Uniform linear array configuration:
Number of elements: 12
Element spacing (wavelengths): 1
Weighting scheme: blackman
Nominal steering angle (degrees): -30
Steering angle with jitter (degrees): -30.222
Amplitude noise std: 0.05
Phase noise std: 0.05

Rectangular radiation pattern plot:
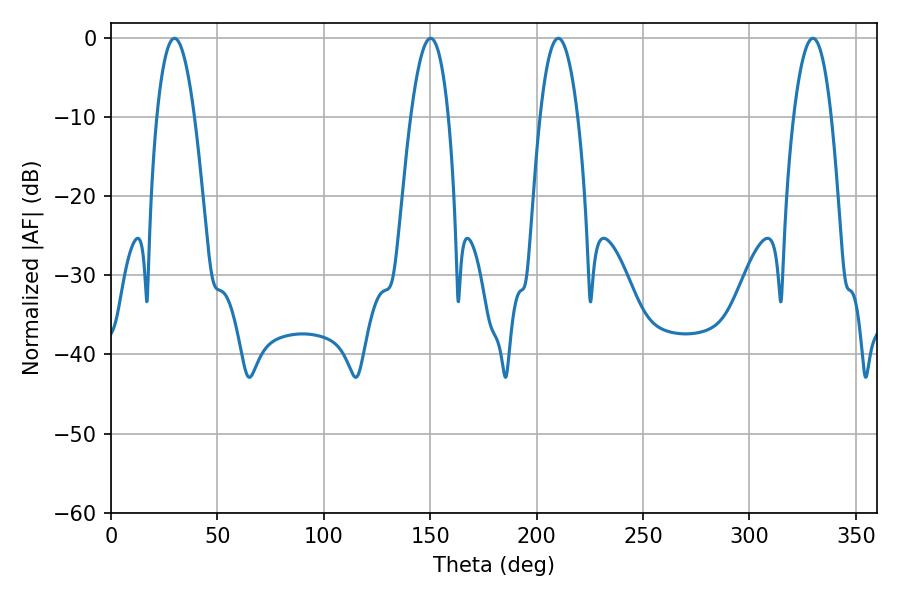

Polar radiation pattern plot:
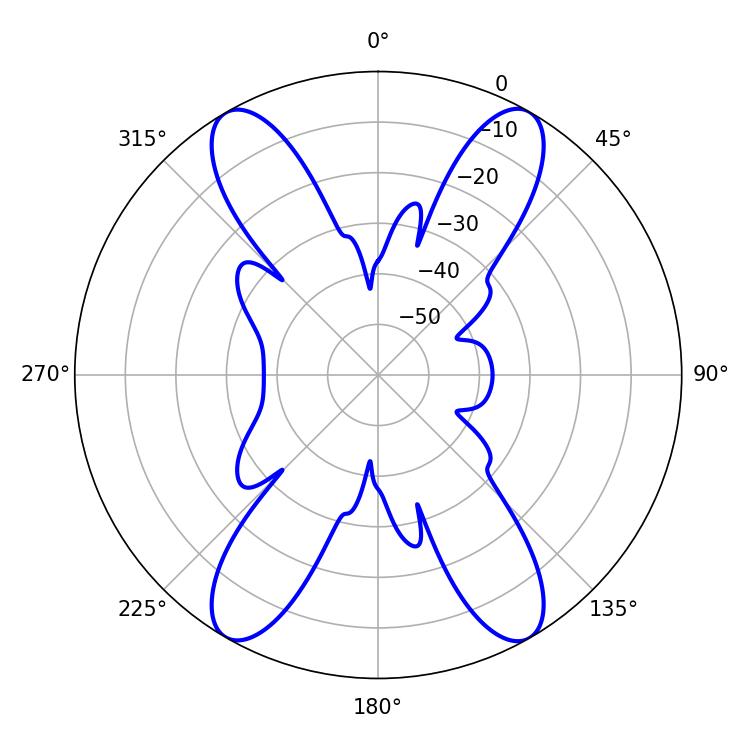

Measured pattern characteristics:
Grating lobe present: TRUE
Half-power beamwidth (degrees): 9.9
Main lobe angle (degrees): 29.88